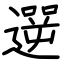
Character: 遻